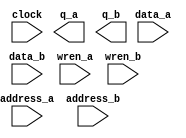
// megafunction wizard: %RAM: 2-PORT%VBB%
// GENERATION: STANDARD
// VERSION: WM1.0
// MODULE: altsyncram 

// ============================================================
// Megafunction Name(s):
// 			altsyncram
//
// Simulation Library Files(s):
// 			altera_mf
// ============================================================
// ************************************************************
// THIS IS A WIZARD-GENERATED FILE. DO NOT EDIT THIS FILE!
//
// 16.1.2 Build 203 01/18/2017 SJ Lite Edition
// ************************************************************

//Copyright (C) 2017  Intel Corporation. All rights reserved.
//Your use of Intel Corporation's design tools, logic functions 
//and other software and tools, and its AMPP partner logic 
//functions, and any output files from any of the foregoing 
//(including device programming or simulation files), and any 
//associated documentation or information are expressly subject 
//to the terms and conditions of the Intel Program License 
//Subscription Agreement, the Intel Quartus Prime License Agreement,
//the Intel MegaCore Function License Agreement, or other 
//applicable license agreement, including, without limitation, 
//that your use is for the sole purpose of programming logic 
//devices manufactured by Intel and sold by Intel or its 
//authorized distributors.  Please refer to the applicable 
//agreement for further details.

module Register_File (
	address_a,
	address_b,
	clock,
	data_a,
	data_b,
	wren_a,
	wren_b,
	q_a,
	q_b);

	input	[7:0]  address_a;
	input	[7:0]  address_b;
	input	  clock;
	input	[26:0]  data_a;
	input	[26:0]  data_b;
	input	  wren_a;
	input	  wren_b;
	output	[26:0]  q_a;
	output	[26:0]  q_b;
`ifndef ALTERA_RESERVED_QIS
// synopsys translate_off
`endif
	tri1	  clock;
	tri0	  wren_a;
	tri0	  wren_b;
`ifndef ALTERA_RESERVED_QIS
// synopsys translate_on
`endif

endmodule

// ============================================================
// CNX file retrieval info
// ============================================================
// Retrieval info: PRIVATE: ADDRESSSTALL_A NUMERIC "0"
// Retrieval info: PRIVATE: ADDRESSSTALL_B NUMERIC "0"
// Retrieval info: PRIVATE: BYTEENA_ACLR_A NUMERIC "0"
// Retrieval info: PRIVATE: BYTEENA_ACLR_B NUMERIC "0"
// Retrieval info: PRIVATE: BYTE_ENABLE_A NUMERIC "0"
// Retrieval info: PRIVATE: BYTE_ENABLE_B NUMERIC "0"
// Retrieval info: PRIVATE: BYTE_SIZE NUMERIC "9"
// Retrieval info: PRIVATE: BlankMemory NUMERIC "1"
// Retrieval info: PRIVATE: CLOCK_ENABLE_INPUT_A NUMERIC "0"
// Retrieval info: PRIVATE: CLOCK_ENABLE_INPUT_B NUMERIC "0"
// Retrieval info: PRIVATE: CLOCK_ENABLE_OUTPUT_A NUMERIC "0"
// Retrieval info: PRIVATE: CLOCK_ENABLE_OUTPUT_B NUMERIC "0"
// Retrieval info: PRIVATE: CLRdata NUMERIC "0"
// Retrieval info: PRIVATE: CLRq NUMERIC "0"
// Retrieval info: PRIVATE: CLRrdaddress NUMERIC "0"
// Retrieval info: PRIVATE: CLRrren NUMERIC "0"
// Retrieval info: PRIVATE: CLRwraddress NUMERIC "0"
// Retrieval info: PRIVATE: CLRwren NUMERIC "0"
// Retrieval info: PRIVATE: Clock NUMERIC "0"
// Retrieval info: PRIVATE: Clock_A NUMERIC "0"
// Retrieval info: PRIVATE: Clock_B NUMERIC "0"
// Retrieval info: PRIVATE: IMPLEMENT_IN_LES NUMERIC "0"
// Retrieval info: PRIVATE: INDATA_ACLR_B NUMERIC "0"
// Retrieval info: PRIVATE: INDATA_REG_B NUMERIC "1"
// Retrieval info: PRIVATE: INIT_FILE_LAYOUT STRING "PORT_A"
// Retrieval info: PRIVATE: INIT_TO_SIM_X NUMERIC "0"
// Retrieval info: PRIVATE: INTENDED_DEVICE_FAMILY STRING "Cyclone V"
// Retrieval info: PRIVATE: JTAG_ENABLED NUMERIC "0"
// Retrieval info: PRIVATE: JTAG_ID STRING "NONE"
// Retrieval info: PRIVATE: MAXIMUM_DEPTH NUMERIC "0"
// Retrieval info: PRIVATE: MEMSIZE NUMERIC "6912"
// Retrieval info: PRIVATE: MEM_IN_BITS NUMERIC "0"
// Retrieval info: PRIVATE: MIFfilename STRING ""
// Retrieval info: PRIVATE: OPERATION_MODE NUMERIC "3"
// Retrieval info: PRIVATE: OUTDATA_ACLR_B NUMERIC "0"
// Retrieval info: PRIVATE: OUTDATA_REG_B NUMERIC "0"
// Retrieval info: PRIVATE: RAM_BLOCK_TYPE NUMERIC "0"
// Retrieval info: PRIVATE: READ_DURING_WRITE_MODE_MIXED_PORTS NUMERIC "1"
// Retrieval info: PRIVATE: READ_DURING_WRITE_MODE_PORT_A NUMERIC "3"
// Retrieval info: PRIVATE: READ_DURING_WRITE_MODE_PORT_B NUMERIC "3"
// Retrieval info: PRIVATE: REGdata NUMERIC "1"
// Retrieval info: PRIVATE: REGq NUMERIC "0"
// Retrieval info: PRIVATE: REGrdaddress NUMERIC "0"
// Retrieval info: PRIVATE: REGrren NUMERIC "0"
// Retrieval info: PRIVATE: REGwraddress NUMERIC "1"
// Retrieval info: PRIVATE: REGwren NUMERIC "1"
// Retrieval info: PRIVATE: SYNTH_WRAPPER_GEN_POSTFIX STRING "0"
// Retrieval info: PRIVATE: USE_DIFF_CLKEN NUMERIC "0"
// Retrieval info: PRIVATE: UseDPRAM NUMERIC "1"
// Retrieval info: PRIVATE: VarWidth NUMERIC "0"
// Retrieval info: PRIVATE: WIDTH_READ_A NUMERIC "27"
// Retrieval info: PRIVATE: WIDTH_READ_B NUMERIC "27"
// Retrieval info: PRIVATE: WIDTH_WRITE_A NUMERIC "27"
// Retrieval info: PRIVATE: WIDTH_WRITE_B NUMERIC "27"
// Retrieval info: PRIVATE: WRADDR_ACLR_B NUMERIC "0"
// Retrieval info: PRIVATE: WRADDR_REG_B NUMERIC "1"
// Retrieval info: PRIVATE: WRCTRL_ACLR_B NUMERIC "0"
// Retrieval info: PRIVATE: enable NUMERIC "0"
// Retrieval info: PRIVATE: rden NUMERIC "0"
// Retrieval info: LIBRARY: altera_mf altera_mf.altera_mf_components.all
// Retrieval info: CONSTANT: ADDRESS_REG_B STRING "CLOCK0"
// Retrieval info: CONSTANT: CLOCK_ENABLE_INPUT_A STRING "BYPASS"
// Retrieval info: CONSTANT: CLOCK_ENABLE_INPUT_B STRING "BYPASS"
// Retrieval info: CONSTANT: CLOCK_ENABLE_OUTPUT_A STRING "BYPASS"
// Retrieval info: CONSTANT: CLOCK_ENABLE_OUTPUT_B STRING "BYPASS"
// Retrieval info: CONSTANT: INDATA_REG_B STRING "CLOCK0"
// Retrieval info: CONSTANT: INTENDED_DEVICE_FAMILY STRING "Cyclone V"
// Retrieval info: CONSTANT: LPM_TYPE STRING "altsyncram"
// Retrieval info: CONSTANT: NUMWORDS_A NUMERIC "256"
// Retrieval info: CONSTANT: NUMWORDS_B NUMERIC "256"
// Retrieval info: CONSTANT: OPERATION_MODE STRING "BIDIR_DUAL_PORT"
// Retrieval info: CONSTANT: OUTDATA_ACLR_A STRING "NONE"
// Retrieval info: CONSTANT: OUTDATA_ACLR_B STRING "NONE"
// Retrieval info: CONSTANT: OUTDATA_REG_A STRING "UNREGISTERED"
// Retrieval info: CONSTANT: OUTDATA_REG_B STRING "UNREGISTERED"
// Retrieval info: CONSTANT: POWER_UP_UNINITIALIZED STRING "FALSE"
// Retrieval info: CONSTANT: READ_DURING_WRITE_MODE_MIXED_PORTS STRING "OLD_DATA"
// Retrieval info: CONSTANT: READ_DURING_WRITE_MODE_PORT_A STRING "NEW_DATA_NO_NBE_READ"
// Retrieval info: CONSTANT: READ_DURING_WRITE_MODE_PORT_B STRING "NEW_DATA_NO_NBE_READ"
// Retrieval info: CONSTANT: WIDTHAD_A NUMERIC "8"
// Retrieval info: CONSTANT: WIDTHAD_B NUMERIC "8"
// Retrieval info: CONSTANT: WIDTH_A NUMERIC "27"
// Retrieval info: CONSTANT: WIDTH_B NUMERIC "27"
// Retrieval info: CONSTANT: WIDTH_BYTEENA_A NUMERIC "1"
// Retrieval info: CONSTANT: WIDTH_BYTEENA_B NUMERIC "1"
// Retrieval info: CONSTANT: WRCONTROL_WRADDRESS_REG_B STRING "CLOCK0"
// Retrieval info: USED_PORT: address_a 0 0 8 0 INPUT NODEFVAL "address_a[7..0]"
// Retrieval info: USED_PORT: address_b 0 0 8 0 INPUT NODEFVAL "address_b[7..0]"
// Retrieval info: USED_PORT: clock 0 0 0 0 INPUT VCC "clock"
// Retrieval info: USED_PORT: data_a 0 0 27 0 INPUT NODEFVAL "data_a[26..0]"
// Retrieval info: USED_PORT: data_b 0 0 27 0 INPUT NODEFVAL "data_b[26..0]"
// Retrieval info: USED_PORT: q_a 0 0 27 0 OUTPUT NODEFVAL "q_a[26..0]"
// Retrieval info: USED_PORT: q_b 0 0 27 0 OUTPUT NODEFVAL "q_b[26..0]"
// Retrieval info: USED_PORT: wren_a 0 0 0 0 INPUT GND "wren_a"
// Retrieval info: USED_PORT: wren_b 0 0 0 0 INPUT GND "wren_b"
// Retrieval info: CONNECT: @address_a 0 0 8 0 address_a 0 0 8 0
// Retrieval info: CONNECT: @address_b 0 0 8 0 address_b 0 0 8 0
// Retrieval info: CONNECT: @clock0 0 0 0 0 clock 0 0 0 0
// Retrieval info: CONNECT: @data_a 0 0 27 0 data_a 0 0 27 0
// Retrieval info: CONNECT: @data_b 0 0 27 0 data_b 0 0 27 0
// Retrieval info: CONNECT: @wren_a 0 0 0 0 wren_a 0 0 0 0
// Retrieval info: CONNECT: @wren_b 0 0 0 0 wren_b 0 0 0 0
// Retrieval info: CONNECT: q_a 0 0 27 0 @q_a 0 0 27 0
// Retrieval info: CONNECT: q_b 0 0 27 0 @q_b 0 0 27 0
// Retrieval info: GEN_FILE: TYPE_NORMAL Register_File.v TRUE
// Retrieval info: GEN_FILE: TYPE_NORMAL Register_File.inc FALSE
// Retrieval info: GEN_FILE: TYPE_NORMAL Register_File.cmp FALSE
// Retrieval info: GEN_FILE: TYPE_NORMAL Register_File.bsf FALSE
// Retrieval info: GEN_FILE: TYPE_NORMAL Register_File_inst.v TRUE
// Retrieval info: GEN_FILE: TYPE_NORMAL Register_File_bb.v TRUE
// Retrieval info: LIB_FILE: altera_mf